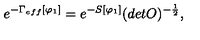
e ^ { - \Gamma _ { e f f } [ \varphi _ { 1 } ] } = e ^ { - S [ \varphi _ { 1 } ] } ( d e t O ) ^ { - \frac { 1 } { 2 } } ,